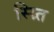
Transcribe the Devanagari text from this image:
स्म्र्ति